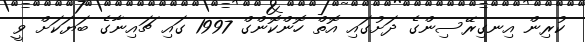
ކުރިން އިނގިރޭސިންގެ ދަށުގައި އޮތް ހޮންކޮންގް 1997 ގައި ޗައިނާގެ ބަޔަކަށް ވީ